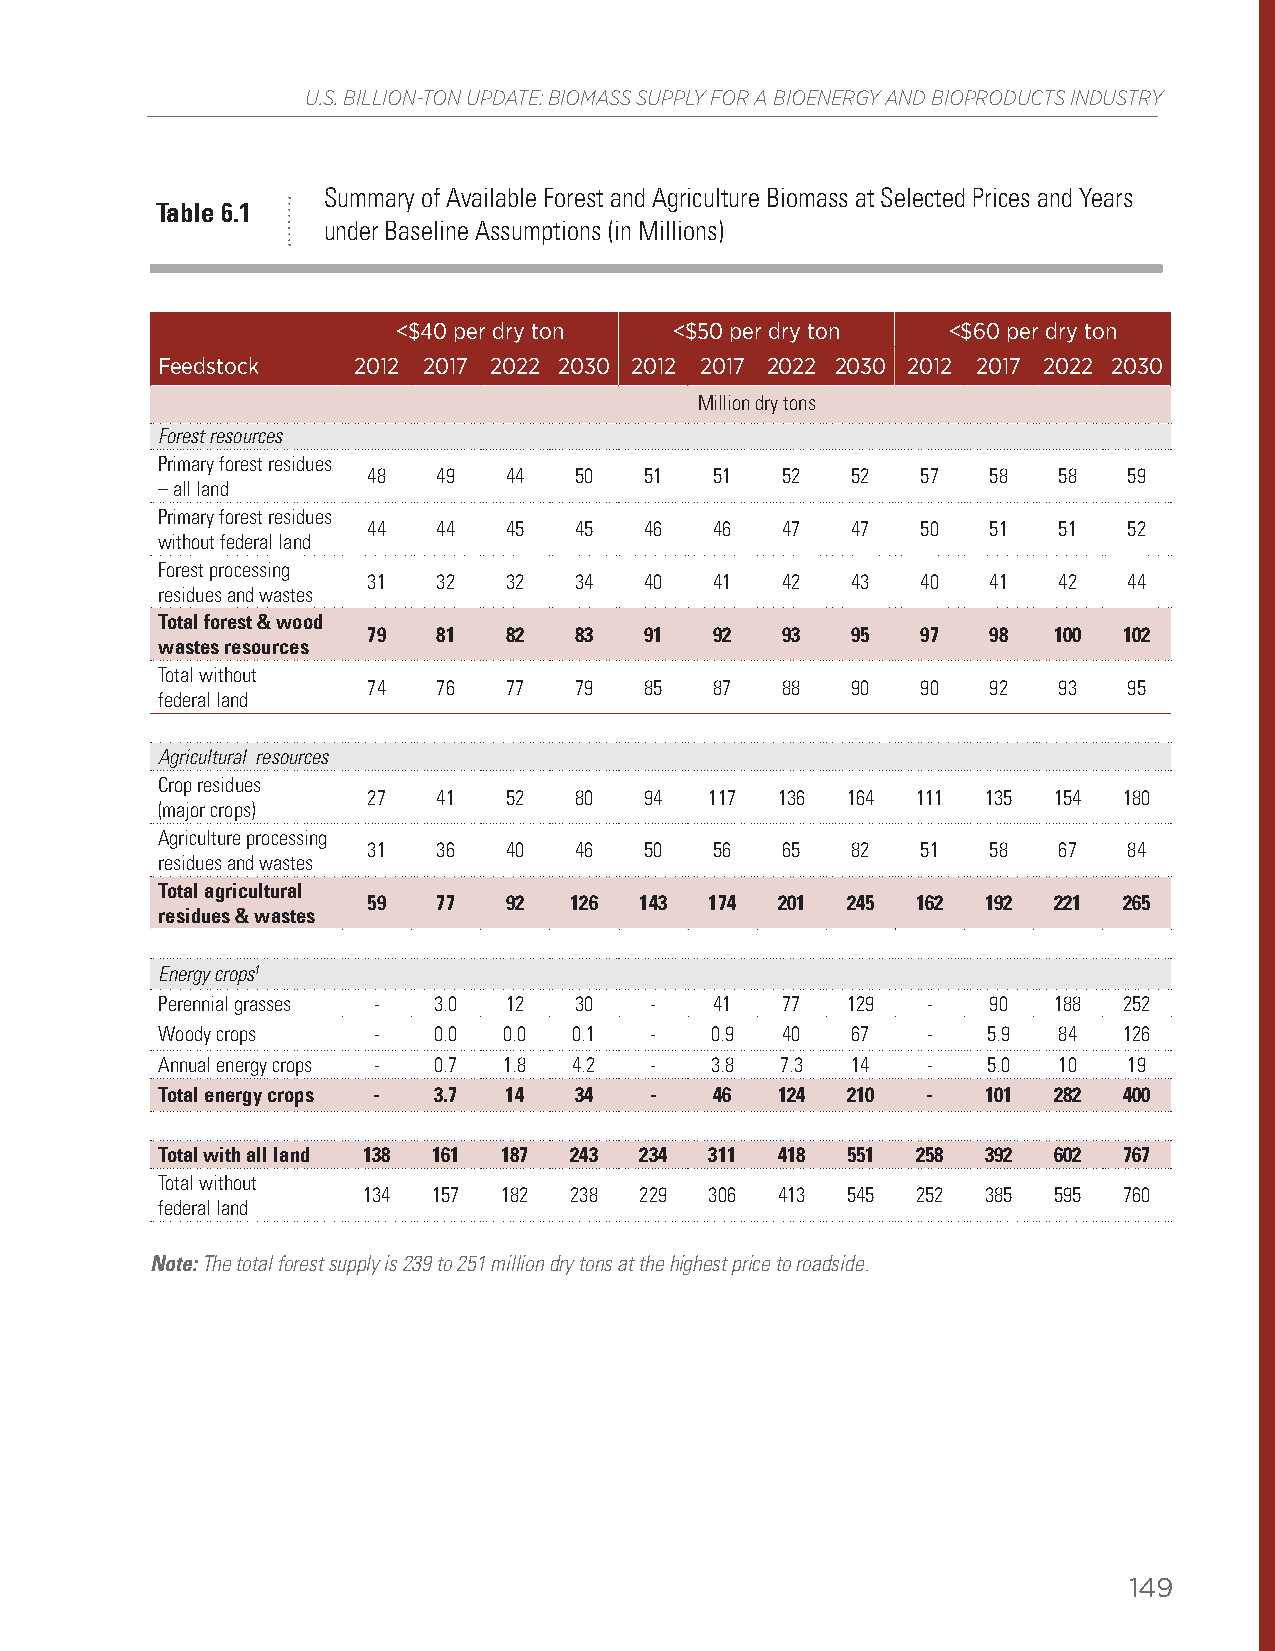
U.S. BILLION-TON UPDATE: BIOMASS SUPPLY FOR A BIOENERGY AND BIOPRODUCTS INDUSTRY
 Summary of Available Forest and Agriculture Biomass at Selected Prices and Years
 Table 6.1
 under Baseline Assumptions (in Millions)
 <$40 per dry ton   <$50 per dry ton  <$60 per dry ton
 Feedstock    2012 2017 2022 2030 2012 2017 2022 2030 2012 2017 2022 2030
 Million dry tons
 Forest resources
 Primary forest residues
 48   49  44   50   51  51   52  52   57   58  58   59
 – all land
 Primary forest residues
 44   44  45   45   46  46   47  47   50   51  51   52
 without federal land
 Forest processing
 31   32  32   34   40  41   42  43   40   41  42   44
 residues and wastes
 Total forest & wood
 79   81  82   83   91  92   93  95   97   98  100 102
 wastes resources
 Total without
 74   76  77   79   85  87   88  90   90   92  93   95
 federal land
 Agricultural resources
 Crop residues
 27   41  52   80   94  117 136  164  111 135  154 180
 (major crops)
 Agriculture processing
 31   36  40   46   50  56   65  82   51   58  67   84
 residues and wastes
 Total agricultural
 59   77  92   126 143  174 201  245  162 192  221 265
 residues & wastes
 Energy crops1
 Perennial grasses - 3.0 12  30   -   41   77  129  -    90  188 252
 Woody crops    -   0.0 0.0  0.1  -   0.9  40  67   -   5.9  84  126
 Annual energy crops - 0.7 1.8 4.2 -  3.8  7.3 14   -   5.0  10   19
 Total energy crops - 3.7 14 34   -   46  124  210  -   101  282 400
 Total with all land 138 161 187 243 234 311 418 551 258 392 602 767
 Total without
 134  157 182  238 229  306 413  545  252 385  595 760
 federal land
 Note: The total forest supply is 239 to 251 million dry tons at the highest price to roadside.
 149